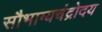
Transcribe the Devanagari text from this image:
सौभाग्यचंद्रोदय